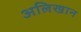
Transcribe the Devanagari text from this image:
अलिखान